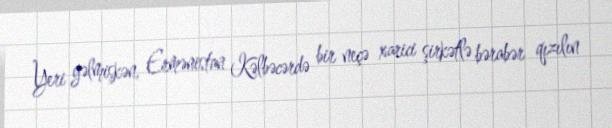
Yeri gəlmişkən, Ermənistan Kəlbəcərdə bir neçə xarici şirkətlə bərabər qızılın